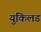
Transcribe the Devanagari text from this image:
युकिलड